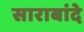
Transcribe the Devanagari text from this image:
साराबांदे